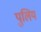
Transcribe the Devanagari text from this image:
पुलिय